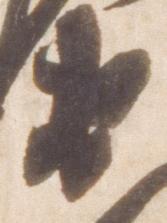
衛